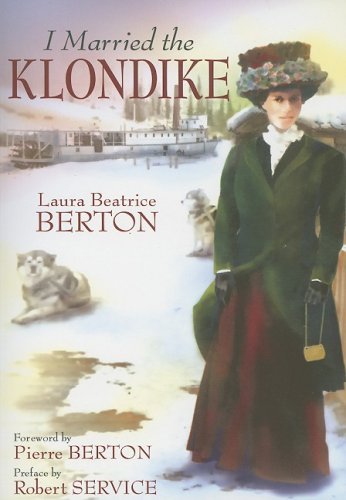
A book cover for I Married the Klondike; Laura Beatrice Berton; Biographies & Memoirs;